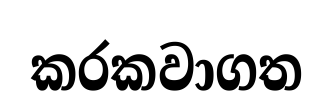
කරකවාගත